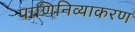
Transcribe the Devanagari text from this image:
पाणिनिव्याकरण